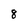
Character: 8